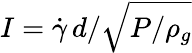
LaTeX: I=\dot{\gamma}\, d/\sqrt{P/\rho_{g}}